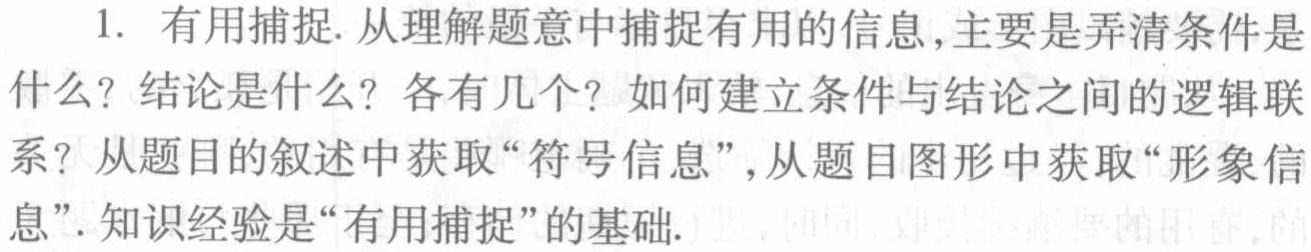
1. 有用捕捉. 从理解题意中捕捉有用的信息,主要是弄清条件是什么? 结论是什么? 各有几个? 如何建立条件与结论之间的逻辑联系? 从题目的叙述中获取“符号信息”,从题目图形中获取“形象信息”. 知识经验是“有用捕捉”的基础.